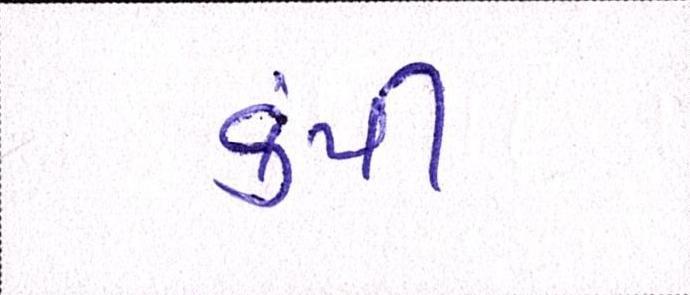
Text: કંપી